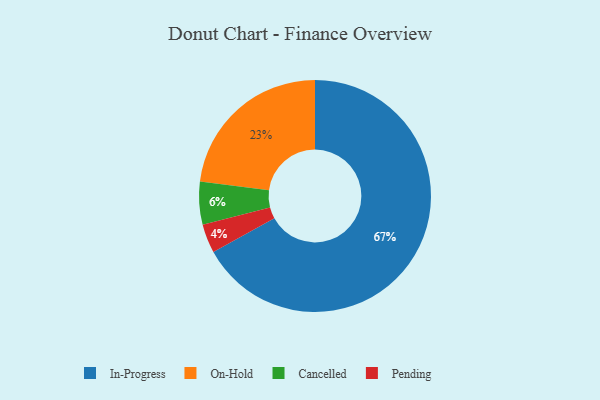
{"axis": {"x": "Category", "y": "Percentage"}, "legend": ["Cancelled", "In-Progress", "On-Hold", "Pending"], "data": [{"x": "Pending", "y": 4, "type": "Pending"}, {"x": "In-Progress", "y": 67, "type": "In-Progress"}, {"x": "On-Hold", "y": 23, "type": "On-Hold"}, {"x": "Cancelled", "y": 6, "type": "Cancelled"}]}